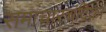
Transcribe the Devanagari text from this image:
समाचारचंद्रिका